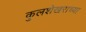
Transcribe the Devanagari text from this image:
कुलशेखराच्या